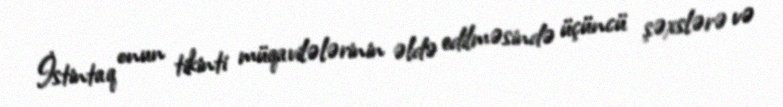
İstintaq onun tikinti müqavilələrinin əldə edilməsində üçüncü şəxslərə və